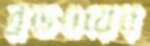
ব্রডওয়ের